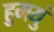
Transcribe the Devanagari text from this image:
हुमयुं